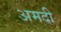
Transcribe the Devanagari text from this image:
अमदी